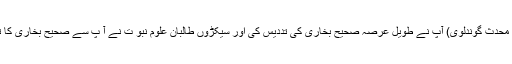
‘‘ (مقالات محدث گوندلوی) آپ نے طویل عرصہ صحیح بخاری کی تددیس کی اور سیکڑوں طالبانِ علوم نبو ت نے آ پ سے صحیح بخاری کا تدریس لیا ۔